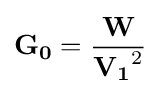
\mathbf {G_{0}} ={\frac {\mathbf {W} }{\mathbf {V_{1}} ^{2}}}